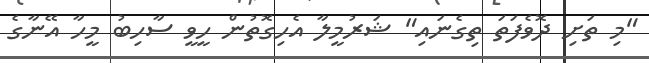
"މި ތަށި ދޮވެފަތަ ތިގެނައި" ޝަރުމީލާ އެހިގޮތުން ހީވީ ސާހިބު މީހާ އޭނާގެ